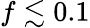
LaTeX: f\lesssim 0.1